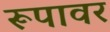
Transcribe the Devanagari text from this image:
रूपावर